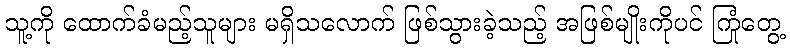
သူ့ကို ထောက်ခံမည့်သူများ မရှိသလောက် ဖြစ်သွားခဲ့သည့် အဖြစ်မျိုးကိုပင် ကြုံတွေ့